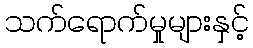
သက်ရောက်မှုများနှင့်